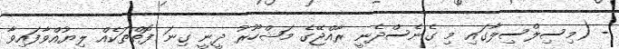
- (މިސިލްސިލާގައި މި ގެނެސްދެނީ ރާއްޖޭގެ މަޝްހޫރު ދީނީ ގިނަ ފޮތްތަކެއް ލިޔުއްވާފައިވާ